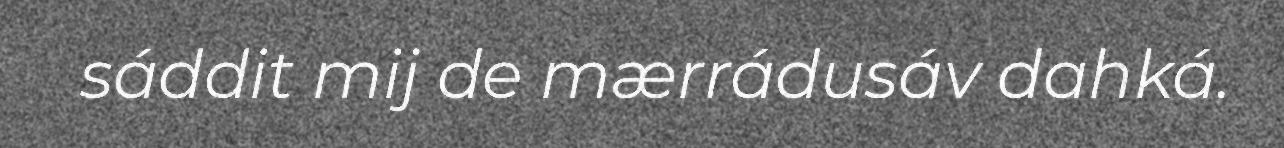
sáddit mij de mærrádusáv dahká.